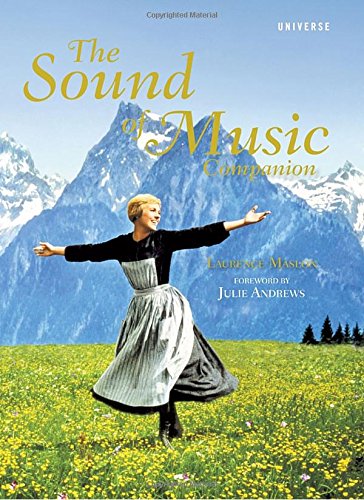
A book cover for The Sound of Music Companion; Laurence Maslon; Humor & Entertainment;